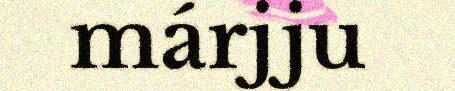
márjju